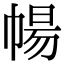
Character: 𭘩